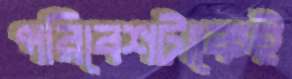
পরিবেশটাকেই